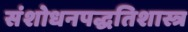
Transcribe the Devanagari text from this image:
संशोधनपद्धतिशास्त्र